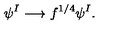
\psi ^ { I } \longrightarrow f ^ { 1 / 4 } \psi ^ { I } .